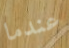
عندما